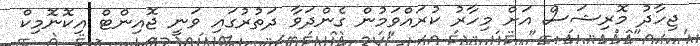
ޖިހާދު މޮރިޝަސް އަށް މިހާރު ކުރައްވަމުން ގެންދަވާ ދަތުރުގައި ވަނީ ޖޮއިންޓް އިކޮނޮމިކް